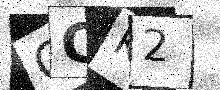
Text: CCK2